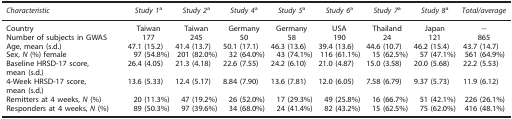
| Characteristic | Study 1a | Study 2a | Study 4a | Study 5a | Study 6a | Study 7a | Study 8a | Total/average |
 | --- | --- | --- | --- | --- | --- | --- | --- | --- |
 | Country | Taiwan | Taiwan | Germany | Germany | USA | Thailand | Japan | — |
 | Number of subjects in GWAS | 177 | 245 | 50 | 58 | 190 | 24 | 121 | 865 |
 | Age, mean (s.d.) | 47.1 (15.2) | 41.4 (13.7) | 50.1 (17.1) | 46.3 (13.6) | 39.4 (13.6) | 44.6 (10.7) | 46.2 (15.4) | 43.7 (14.7) |
 | Sex, N (%) female | 97 (54.8%) | 201 (82.0%) | 32 (64.0%) | 43 (74.1%) | 116 (61.1%) | 15 (62.5%) | 57 (47.1%) | 561 (64.9%) |
 | Baseline HRSD-17 score, mean (s.d.) | 26.4 (4.05) | 21.3 (4.18) | 22.6 (7.55) | 24.2 (6.10) | 21.0 (4.87) | 15.0 (3.58) | 20.0 (5.68) | 22.2 (5.53) |
 | 4-Week HRSD-17 score, mean (s.d.) | 13.6 (5.33) | 12.4 (5.17) | 8.84 (7.90) | 13.6 (7.81) | 12.0 (6.05) | 7.58 (6.79) | 9.37 (5.73) | 11.9 (6.12) |
 | Remitters at 4 weeks, N (%) | 20 (11.3%) | 47 (19.2%) | 26 (52.0%) | 17 (29.3%) | 49 (25.8%) | 16 (66.7%) | 51 (42.1%) | 226 (26.1%) |
 | Responders at 4 weeks, N (%) | 89 (50.3%) | 97 (39.6%) | 34 (68.0%) | 24 (41.4%) | 82 (43.2%) | 15 (62.5%) | 75 (62.0%) | 416 (48.1%) |